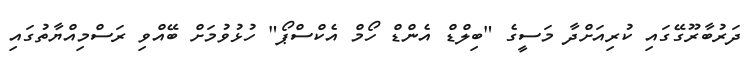
ދަރުބާރޫގޭގައި ކުރިއަށްދާ މަސީގެ "ބިލްޑް އެންޑް ހޯމް އެކްސްޕޯ" ހުޅުވުމަށް ބޭއްވި ރަސްމިއްޔާތުގައި